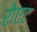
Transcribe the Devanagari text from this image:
रोएट